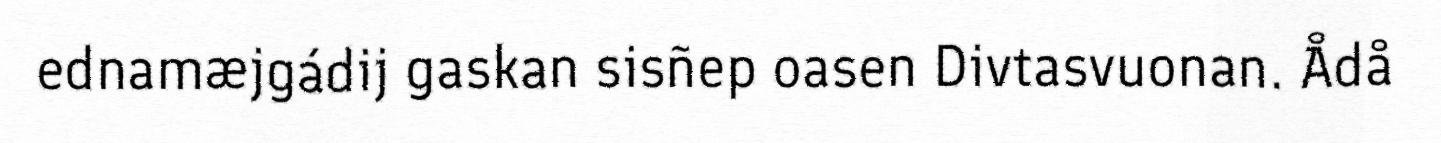
ednamæjgádij gaskan sisñep oasen Divtasvuonan. Ådå